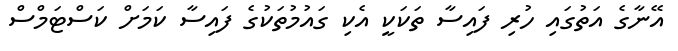
އޭނާގެ އަތުގައި ހުރި ފައިސާ ތަކަކީ އެކި ގައުމުތަކުގެ ފައިސާ ކަމަށް ކަސްޓަމްސް